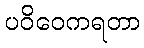
ပဝိဝေကရတာ